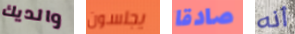
والديك يجلسون صادقا أنه